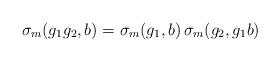
LaTeX: \begin{align*}\sigma_m(g_1g_2,b) = \sigma_m(g_1,b) \, \sigma_m(g_2,g_1b)\end{align*}